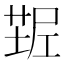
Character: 𰱠